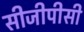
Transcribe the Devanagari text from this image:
सीजीपीसी